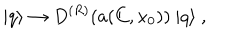
| q \rangle \to D ^ { ( R ) } ( a ( C , x _ { 0 } ) ) ~ | q \rangle ~ ,